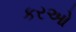
કરઓ